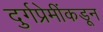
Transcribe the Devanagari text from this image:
दुर्गप्रेमींकडून